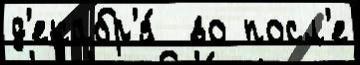
д'екабр'я́  во посл'е